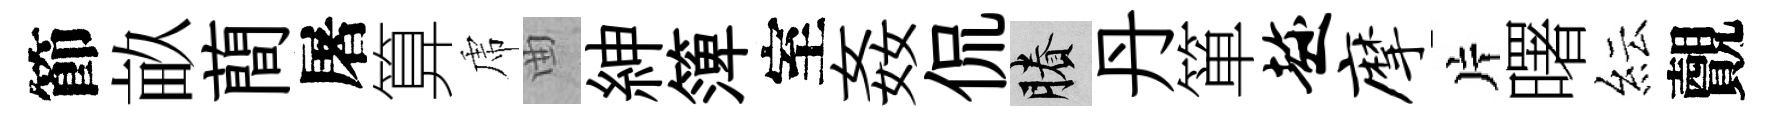
節畝蕳屠算虎曲紳𥱼室姦侃賸丹箪趁摩片曙紜覿